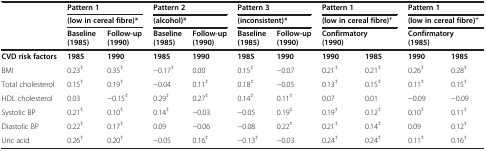
<table><thead><tr><td rowspan="2"><b> </b></td><td colspan="2"><b>Pattern 1</b></td><td colspan="2"><b>Pattern 2</b></td><td colspan="2"><b>Pattern 3</b></td><td colspan="2"><b>Pattern 1</b></td><td colspan="2"><b>Pattern 1</b></td></tr><tr><td colspan="2"><b>(low in cereal fibre)*</b></td><td colspan="2"><b>(alcohol)*</b></td><td colspan="2"><b>(inconsistent)*</b></td><td colspan="2"><b>(low in cereal fibre)<sup>+</sup></b></td><td colspan="2"><b>(low in cereal fibre)<sup>+</sup></b></td></tr><tr><td><b> </b></td><td><b>Baseline (1985)</b></td><td><b>Follow-up (1990)</b></td><td><b>Baseline (1985)</b></td><td><b>Follow-up (1990)</b></td><td><b>Baseline (1985)</b></td><td><b>Follow-up (1990)</b></td><td colspan="2"><b>Confirmatory (1990)</b></td><td colspan="2"><b>Confirmatory (1985)</b></td></tr></thead><tbody><tr><td><b>CVD risk factors</b></td><td><b>1985</b></td><td><b>1990</b></td><td><b>1985</b></td><td><b>1990</b></td><td><b>1985</b></td><td><b>1990</b></td><td><b>1990</b></td><td><b>1985</b></td><td><b>1990</b></td><td><b>1985</b></td></tr><tr><td>BMI</td><td>0.23<sup>‡</sup></td><td>0.35<sup>‡</sup></td><td>-0.17<sup>‡</sup></td><td>0.00</td><td>0.15<sup>‡</sup></td><td>-0.07</td><td>0.21<sup>‡</sup></td><td>0.21<sup>‡</sup></td><td>0.26<sup>‡</sup></td><td>0.28<sup>‡</sup></td></tr><tr><td>Total cholesterol</td><td>0.15<sup>‡</sup></td><td>0.19<sup>‡</sup></td><td>-0.04</td><td>0.11<sup>‡</sup></td><td>0.18<sup>‡</sup></td><td>-0.05</td><td>0.13<sup>‡</sup></td><td>0.15<sup>‡</sup></td><td>0.11<sup>‡</sup></td><td>0.15<sup>‡</sup></td></tr><tr><td>HDL cholesterol</td><td>0.03</td><td>-0.15<sup>‡</sup></td><td>0.29<sup>‡</sup></td><td>0.27<sup>‡</sup></td><td>0.14<sup>‡</sup></td><td>0.11<sup>‡</sup></td><td>0.07</td><td>0.01</td><td>-0.09</td><td>-0.09</td></tr><tr><td>Systolic BP</td><td>0.21<sup>‡</sup></td><td>0.10<sup>‡</sup></td><td>0.14<sup>‡</sup></td><td>-0.03</td><td>-0.05</td><td>0.19<sup>‡</sup></td><td>0.19<sup>‡</sup></td><td>0.12<sup>‡</sup></td><td>0.10<sup>‡</sup></td><td>0.11<sup>‡</sup></td></tr><tr><td>Diastolic BP</td><td>0.22<sup>‡</sup></td><td>0.17<sup>‡</sup></td><td>0.09</td><td>-0.06</td><td>-0.08</td><td>0.22<sup>‡</sup></td><td>0.21<sup>‡</sup></td><td>0.14<sup>‡</sup></td><td>0.09</td><td>0.12<sup>‡</sup></td></tr><tr><td>Uric acid</td><td>0.26<sup>‡</sup></td><td>0.20<sup>‡</sup></td><td>-0.05</td><td>0.16<sup>‡</sup></td><td>-0.13<sup>‡</sup></td><td>-0.03</td><td>0.24<sup>‡</sup></td><td>0.24<sup>‡</sup></td><td>0.11<sup>‡</sup></td><td>0.16<sup>‡</sup></td></tr></tbody></table>